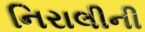
નિરાલીની